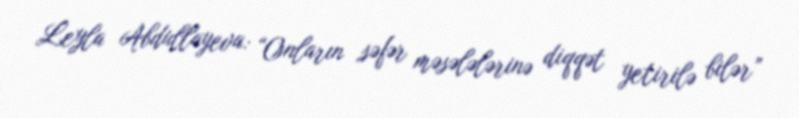
Leyla Abdullayeva: “Onların səfər məsələlərinə diqqət yetirilə bilər”